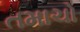
તમાચો